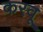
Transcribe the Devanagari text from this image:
करवू